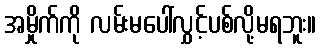
အမှိုက်ကို လမ်းမပေါ်လွှင့်ပစ်လို့မရဘူး။